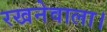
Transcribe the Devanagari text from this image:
रखनेवाला।